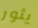
يثور